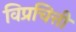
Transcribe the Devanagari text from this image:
विप्रचित्ती